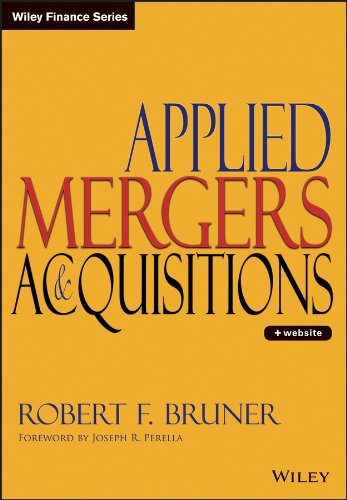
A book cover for Applied Mergers and Acquisitions; Robert F. Bruner; Business & Money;